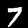
Digit: 7